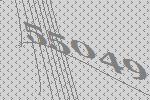
55049